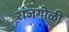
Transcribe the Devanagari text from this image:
राजगोळी